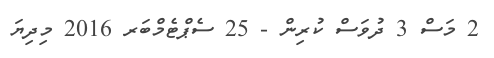
2 މަސް 3 ދުވަސް ކުރިން - 25 ސެޕްޓެމްބަރ 2016 މިދިޔަ